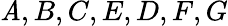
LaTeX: \mathit{A},B,C,E,D,F,G